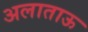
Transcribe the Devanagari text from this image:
अलाताऊ